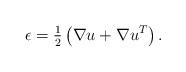
LaTeX: \begin{align*} \epsilon = \tfrac{1}{2} \left(\nabla u + \nabla u^T\right). \end{align*}